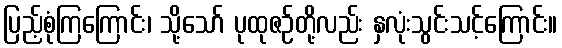
ပြည့်စုံကြကြောင်း၊ သို့သော် ပုထုဇဉ်တို့လည်း နှလုံးသွင်းသင့်ကြောင်း။